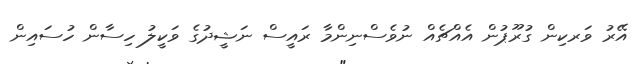
އޭރު ވަރކިން ގުރޫޕުން އެއްޗެއް ނުވެސްނިންމާ ރައީސް ނަޝީދުގެ ވަކީލު ހިސާން ހުސައިން